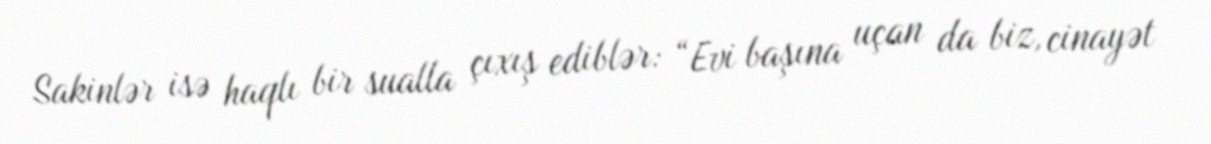
Sakinlər isə haqlı bir sualla çıxış ediblər: “Evi başına uçan da biz, cinayət